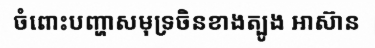
ចំពោះបញ្ហាសមុទ្រចិនខាងត្បូង អាស៊ាន